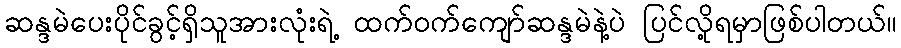
ဆန္ဒမဲပေးပိုင်ခွင့်ရှိသူအားလုံးရဲ့ ထက်ဝက်ကျော်ဆန္ဒမဲနဲ့ပဲ ပြင်လို့ရမှာဖြစ်ပါတယ်။